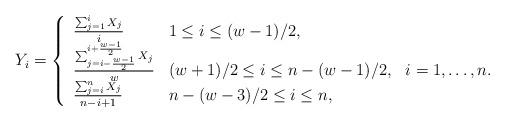
LaTeX: \begin{align*}Y_i=\left\{\begin{array}{lll} \frac{\sum_{j=1}^{i}X_{j}}{i} & 1\leq i \leq {(w-1)}/{2}, \\ \frac{\sum_{j=i-\frac{w-1}{2}}^{i+\frac{w-1}{2}}X_{j}}{w} & {(w+1)}/{2}\leq i\leq n-{(w-1)}/{2}, & i=1,\dots,n.\\ \frac{\sum_{j=i}^{n}X_{j}}{n-i+1} & n-{(w-3)}/{2}\leq i \leq n,\end{array}\right.\end{align*}